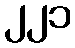
၂၂၁